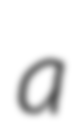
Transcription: a